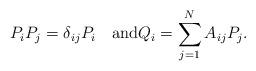
LaTeX: \begin{align*}P_iP_j=\delta_{ij}P_i \quad\mbox{and}Q_i=\sum_{j=1}^N A_{ij}P_j.\end{align*}